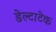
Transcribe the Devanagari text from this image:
डेल्टाटेक